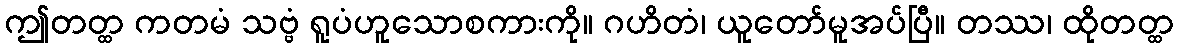
ဤတတ္ထ ကတမံ သဗ္ဗံ ရူပံဟူသောစကားကို။ ဂဟိတံ၊ ယူတော်မူအပ်ပြီ။ တဿ၊ ထိုတတ္ထ